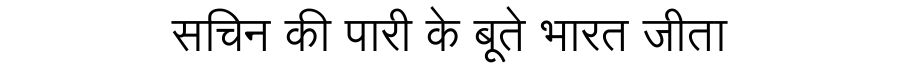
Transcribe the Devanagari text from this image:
सचिन की पारी के बूते भारत जीता